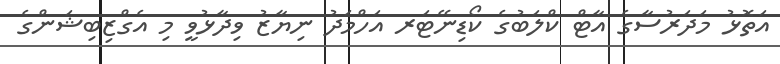
އަތޮޅު މަދަރުސާގެ އާޓް ކްލަބުގެ ކޯޑިނޭޓަރ އަހްމަދު ނިޔާޒު ވިދާޅުވީ މި އެގްޒިބިޝަންގެ